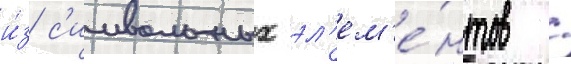
и́з с'имвольных эл'ем'е́нтов /